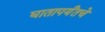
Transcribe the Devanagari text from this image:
घातापर्यंतचे